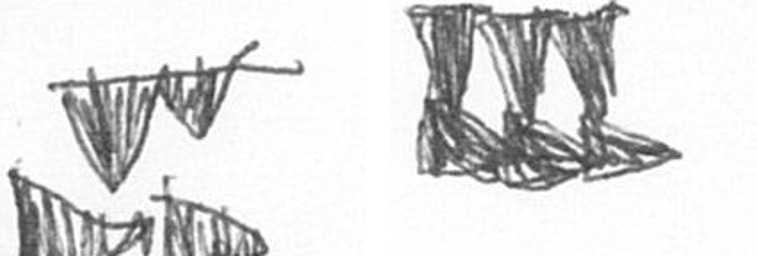
B D